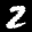
Label: 2